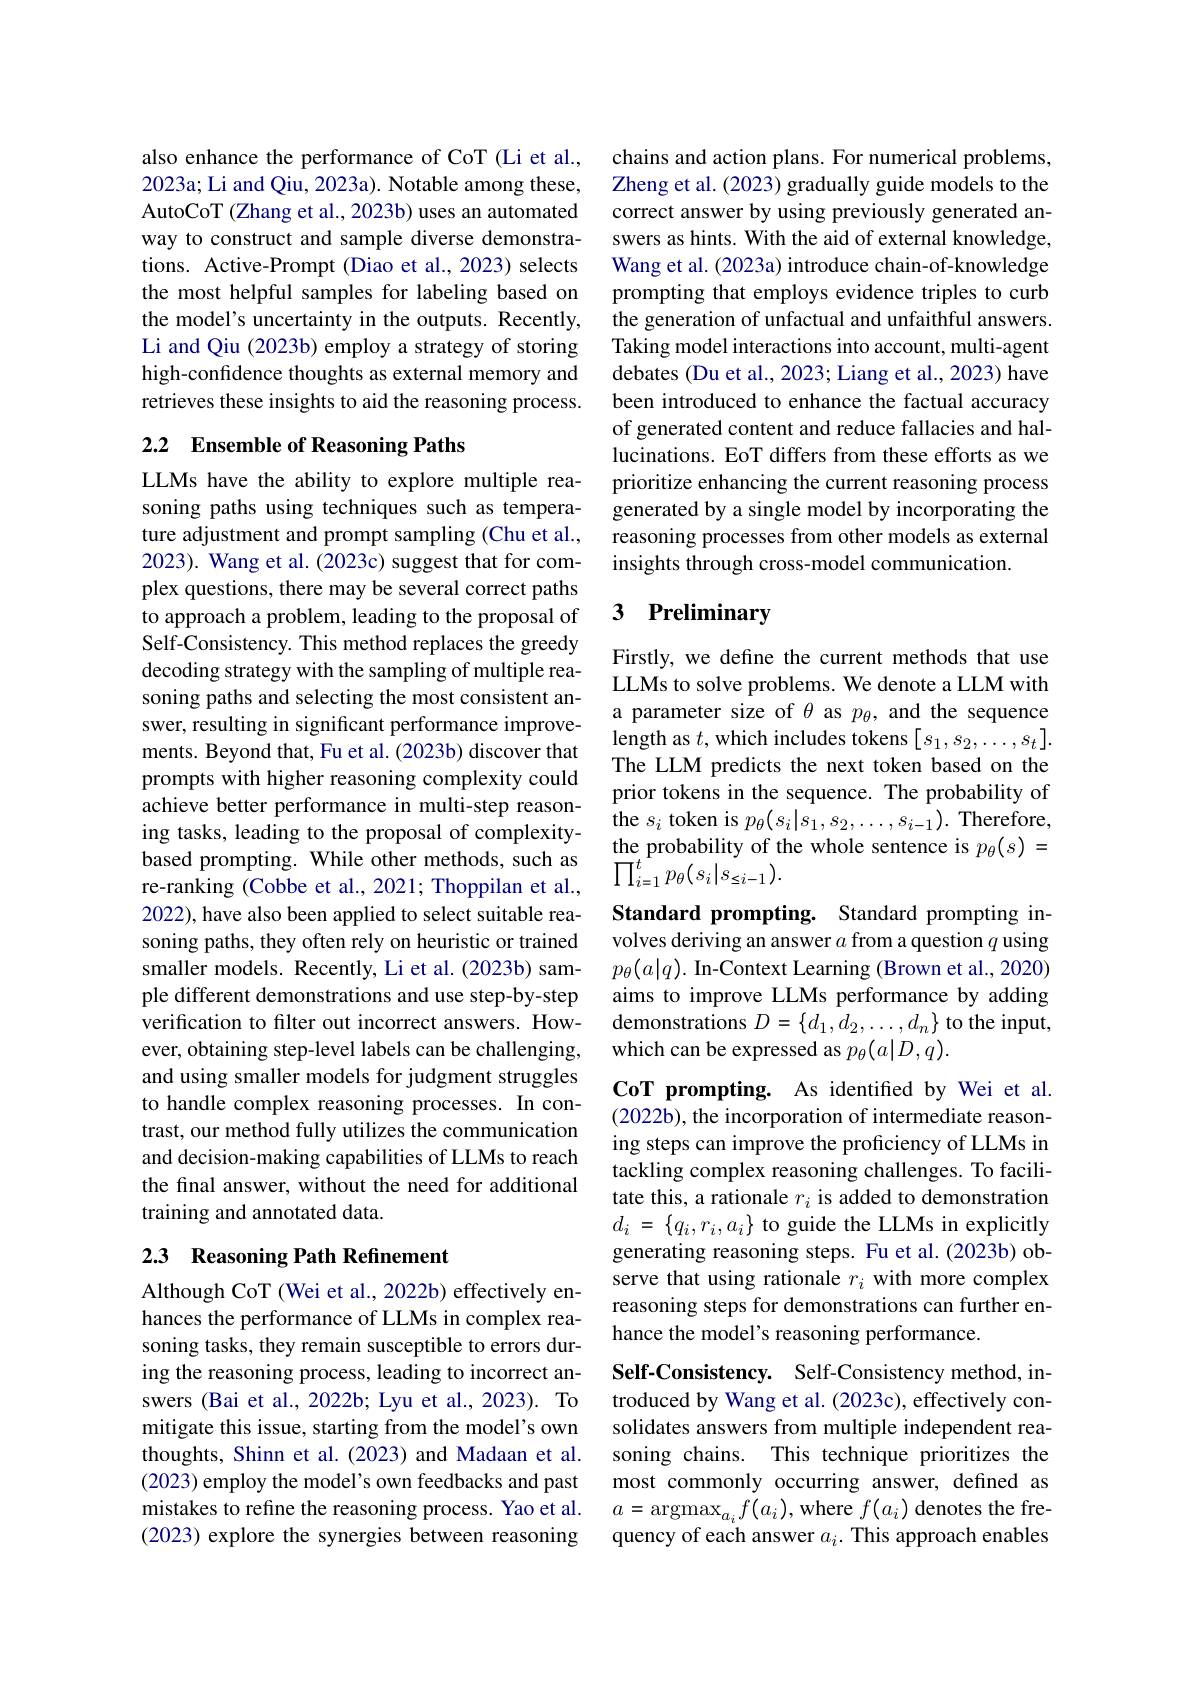
also enhance the performance of CoT (Li et al., 2023a; Li and Qiu, 2023a). Notable among these, AutoCoT (Zhang et al., 2023b) uses an automated way to construct and sample diverse demonstrations. Active-Prompt (Diao et al., 2023) selects the most helpful samples for labeling based on the model's uncertainty in the outputs. Recently, Li and Qiu (2023b) employ a strategy of storing high-confidence thoughts as external memory and retrieves these insights to aid the reasoning process.

## 2.2 Ensemble of Reasoning Paths

LLMs have the ability to explore multiple reasoning paths using techniques such as temperature adjustment and prompt sampling (Chu et al., 2023). Wang et al. (2023c) suggest that for complex questions, there may be several correct paths to approach a problem, leading to the proposal of Self-Consistency. This method replaces the greedy decoding strategy with the sampling of multiple reasoning paths and selecting the most consistent answer, resulting in significant performance improvements. Beyond that, Fu et al. (2023b) discover that prompts with higher reasoning complexity could achieve better performance in multi-step reasoning tasks, leading to the proposal of complexitybased prompting. While other methods, such as re-ranking (Cobbe et al., 2021; Thoppilan et al., 2022), have also been applied to select suitable reasoning paths, they often rely on heuristic or trained smaller models. Recently, Li et al. (2023b) sample different demonstrations and use step-by-step verification to filter out incorrect answers. However, obtaining step-level labels can be challenging, and using smaller models for judgment struggles to handle complex reasoning processes. In contrast, our method fully utilizes the communication and decision-making capabilities of LLMs to reach the final answer, without the need for additional training and annotated data.

## 2.3 Reasoning Path Refinement

Although CoT (Wei et al., 2022b) effectively enhances the performance of LLMs in complex reasoning tasks, they remain susceptible to errors during the reasoning process, leading to incorrect answers (Bai et al., 2022b; Lyu et al., 2023). To mitigate this issue, starting from the model's own thoughts, Shinn et al. (2023) and Madaan et al. (2023) employ the model's own feedbacks and past mistakes to refine the reasoning process. Yao et al. (2023) explore the synergies between reasoning

chains and action plans. For numerical problems, Zheng et al. (2023) gradually guide models to the correct answer by using previously generated answers as hints. With the aid of external knowledge, Wang et al. (2023a) introduce chain-of-knowledge prompting that employs evidence triples to curb the generation of unfactual and unfaithful answers. Taking model interactions into account, multi-agent debates (Du et al., 2023; Liang et al., 2023) have been introduced to enhance the factual accuracy of generated content and reduce fallacies and hallucinations. EoT differs from these efforts as we prioritize enhancing the current reasoning process generated by a single model by incorporating the reasoning processes from other models as external insights through cross-model communication.

## 3 Preliminary

Firstly, we define the current methods that use LLMs to solve problems. We denote a LLM with a parameter size of $\theta$ as $p_{\theta}$, and the sequence length as $t$,which includes tokens $[s_1,s_2,\ldots,s_t].$ The LLM predicts the next token based on the prior tokens in the sequence. The probability of the $s_i$ token is $p_\theta(s_i|s_1,s_2,\ldots,s_{i-1}).$ Therefore, the probability of the whole sentence is $p_\theta(s)=$ $\prod_{i=1}^{t}p_{\theta}(s_{i}|s_{\leq i-1}).$

Standard prompting. Standard prompting involves deriving an answer $a$ from a question $q$ using $p_{\theta }( a| q) . \textbf{ In- Context Learning ( Brown et al. , 2020) }$ aims to improve LLMs performance by adding demonstrations $D=\{d_1,d_2,\ldots,d_n\}$ to the input, which can be expressed as $p_\theta(a|D,q).$

CoT prompting. As identified by Wei et al. (2022b), the incorporation of intermediate reasoning steps can improve the proficiency of LLMs in tackling complex reasoning challenges. To facilitate this, a rationale $r_i$ is added to demonstration $d_i$ = $\{ q_i, r_i, a_i\}$ to guide the LLMs in explicitly generating reasoning steps. Fu et al.(2023b) observe that using rationale $r_i$ with more complex reasoning steps for demonstrations can further enhance the model's reasoning performance.

Self-Consistency. Self-Consistency method, introduced by Wang et al. (2023c), effectively consolidates answers from multiple independent reasoning chains. This technique prioritizes the most commonly occurring answer, defined as $a=\operatorname{argmax}_{a_i}f(a_i)$,where $f(a_i)$ denotes the frequency of each answer $a_i.$ This approach enables